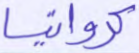
كرواتيا